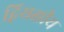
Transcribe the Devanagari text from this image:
द्वियक्षीय